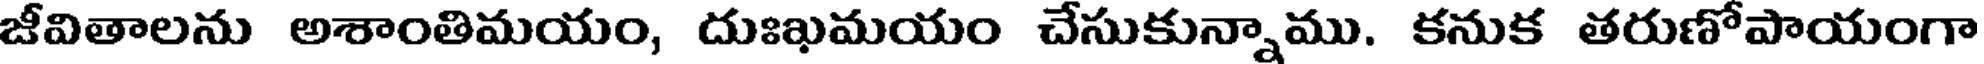
జీవితాలను అశాంతిమయం, దుఃఖమయం చేసుకున్నాము. కనుక తరుణోపాయంగా